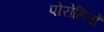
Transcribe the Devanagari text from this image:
पोरोहितों